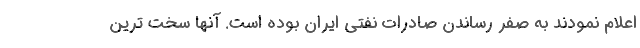
اعلام نمودند به صفر رساندن صادرات نفتی ایران بوده است. آنها سخت ترین